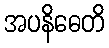
အပနိဓေတိ